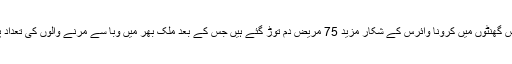
پاکستان میں گزشتہ چوبیس گھنٹوں میں کرونا وائرس کے شکار مزید 75 مریض دم توڑ گئے ہیں جس کے بعد ملک بھر میں وبا سے مرنے والوں کی تعداد پانچ ہزار 58 ہو گئی ہے۔